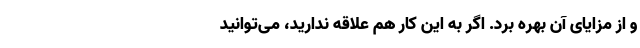
و از مزایای آن بهره برد. اگر به این کار هم علاقه ندارید، می‌توانید